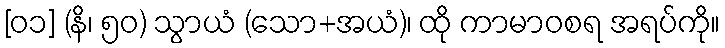
[၀၁] (နိ၊ ၅၀) သွာယံ (သော+အယံ)၊ ထို ကာမာဝစရ အရပ်ကို။